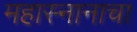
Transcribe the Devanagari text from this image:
महास्नानाचा